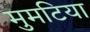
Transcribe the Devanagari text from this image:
मुमटिया